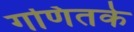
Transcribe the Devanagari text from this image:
गणितके